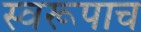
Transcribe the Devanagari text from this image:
स्वरूपाच